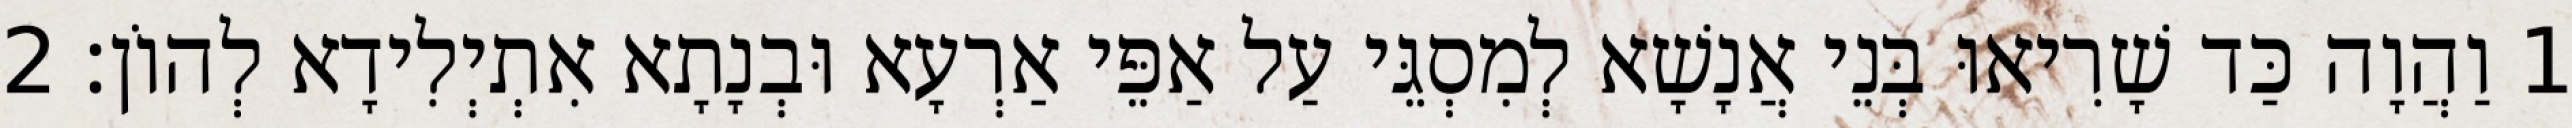
1 וַהֲוָה כַּד שָׁרִיאוּ בְּנֵי אֲנָשָׁא לְמִסְגֵּי עַל אַפֵּי אַרְעָא וּבְנָתָא אִתְיְלִידָא לְהוֹן׃ 2